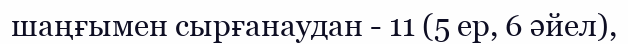
шаңғымен сырғанаудан - 11 (5 ер, 6 әйел),